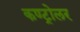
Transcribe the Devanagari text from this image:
कण्ट्रोलर